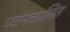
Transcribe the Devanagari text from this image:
पवनचालित